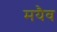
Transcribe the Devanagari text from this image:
मयैव